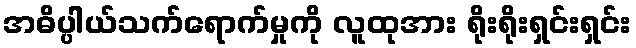
အဓိပ္ပါယ်သက်ရောက်မှုကို လူထုအား ရိုးရိုးရှင်းရှင်း